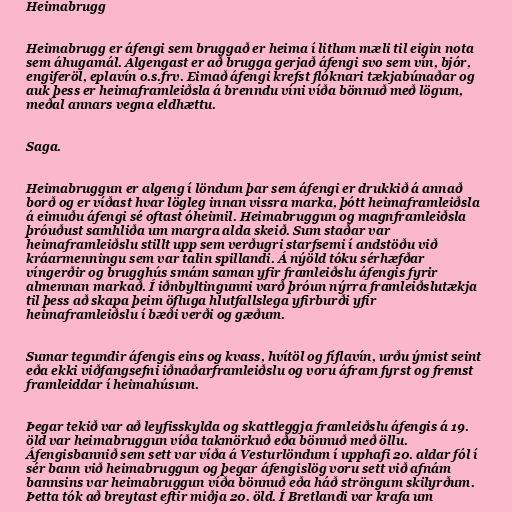
Heimabrugg

Heimabrugg er áfengi sem bruggað er heima í litlum mæli til eigin nota
sem áhugamál. Algengast er að brugga gerjað áfengi svo sem vín, bjór,
engiferöl, eplavín o.s.frv. Eimað áfengi krefst flóknari tækjabúnaðar og
auk þess er heimaframleiðsla á brenndu víni víða bönnuð með lögum,
meðal annars vegna eldhættu.

Saga.

Heimabruggun er algeng í löndum þar sem áfengi er drukkið á annað
borð og er víðast hvar lögleg innan vissra marka, þótt heimaframleiðsla
á eimuðu áfengi sé oftast óheimil. Heimabruggun og magnframleiðsla
þróuðust samhliða um margra alda skeið. Sum staðar var
heimaframleiðslu stillt upp sem verðugri starfsemi í andstöðu við
kráarmenningu sem var talin spillandi. Á nýöld tóku sérhæfðar
víngerðir og brugghús smám saman yfir framleiðslu áfengis fyrir
almennan markað. Í iðnbyltingunni varð þróun nýrra framleiðslutækja
til þess að skapa þeim öfluga hlutfallslega yfirburði yfir
heimaframleiðslu í bæði verði og gæðum.

Sumar tegundir áfengis eins og kvass, hvítöl og fíflavín, urðu ýmist seint
eða ekki viðfangsefni iðnaðarframleiðslu og voru áfram fyrst og fremst
framleiddar í heimahúsum.

Þegar tekið var að leyfisskylda og skattleggja framleiðslu áfengis á 19.
öld var heimabruggun víða takmörkuð eða bönnuð með öllu.
Áfengisbannið sem sett var víða á Vesturlöndum í upphafi 20. aldar fól í
sér bann við heimabruggun og þegar áfengislög voru sett við afnám
bannsins var heimabruggun víða bönnuð eða háð ströngum skilyrðum.
Þetta tók að breytast eftir miðja 20. öld. Í Bretlandi var krafa um